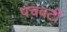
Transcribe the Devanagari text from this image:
पंचवटीं